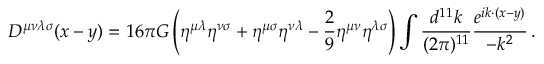
D ^ { \mu \nu \lambda \sigma } ( x - y ) = 1 6 \pi G \left( \eta ^ { \mu \lambda } \eta ^ { \nu \sigma } + \eta ^ { \mu \sigma } \eta ^ { \nu \lambda } - { \frac { 2 } { 9 } } \eta ^ { \mu \nu } \eta ^ { \lambda \sigma } \right) \int { \frac { d ^ { 1 1 } k } { ( 2 \pi ) ^ { 1 1 } } } { \frac { e ^ { i k \cdot ( x - y ) } } { - k ^ { 2 } } } \, .